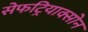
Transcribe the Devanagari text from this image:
सेफट्रियाक्सोन